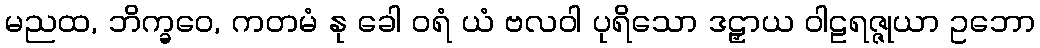
မညထ, ဘိက္ခဝေ, ကတမံ နု ခေါ ဝရံ ယံ ဗလဝါ ပုရိသော ဒဠှာယ ဝါဠရဇ္ဇုယာ ဥဘော